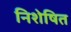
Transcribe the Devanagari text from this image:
निशेषित